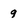
Character: 9